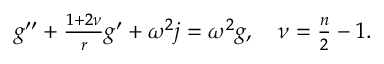
\begin{array} { r } { g ^ { \prime \prime } + \frac { 1 + 2 \nu } { r } g ^ { \prime } + \omega ^ { 2 } j = \omega ^ { 2 } g , \quad \nu = \frac { n } { 2 } - 1 . \quad } \end{array}